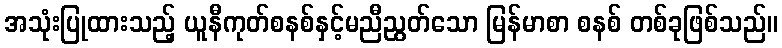
အသုံးပြုထားသည့် ယူနီကုတ်စနစ်နှင့်မညီညွတ်သော မြန်မာစာ စနစ် တစ်ခုဖြစ်သည်။